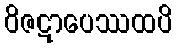
ဝိဇဋာပေဿထပိ